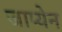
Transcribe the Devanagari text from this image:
जाप्येन